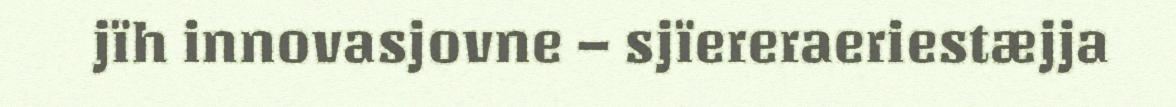
jïh innovasjovne – sjïereraeriestæjja